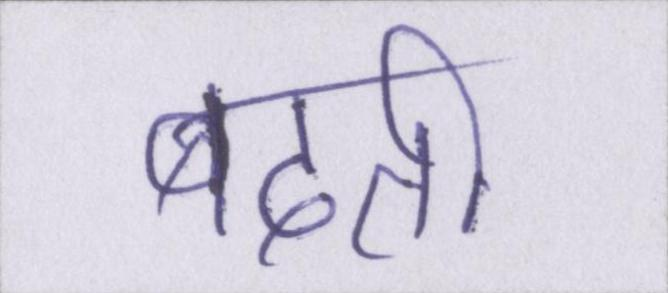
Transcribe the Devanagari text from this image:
बदती